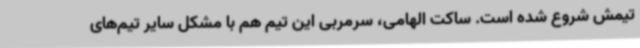
تیمش شروع شده است. ساکت الهامی، سرمربی این تیم هم با مشکل سایر تیم‌های